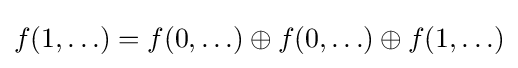
f(1,\ldots )=f(0,\ldots )\oplus f(0,\ldots )\oplus f(1,\ldots )